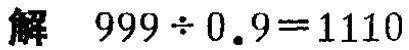
解 \(999\div0.9 = 1110\)